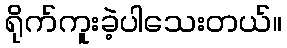
ရိုက်ကူးခဲ့ပါသေးတယ်။